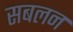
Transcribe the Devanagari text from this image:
सबलन